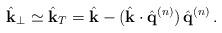
LaTeX: \begin{align*}\hat{{\bf k}}_\perp \simeq \hat{{\bf k}}_T = \hat{{\bf k}} - (\hat{{\bf k}} \cdot \hat{{\bf q}}^{(n)}) \, \hat{{\bf q}}^{(n)} \, .\end{align*}